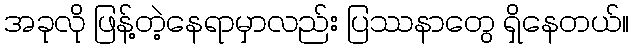
အခုလို ဖြန့်တဲ့နေရာမှာလည်း ပြဿနာတွေ ရှိနေတယ်။